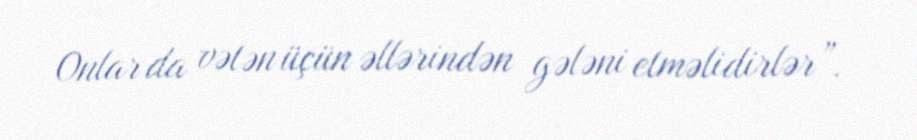
Onlar da vətən üçün əllərindən gələni etməlidirlər”.